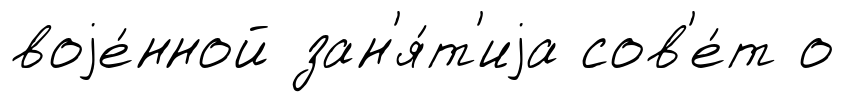
воjе́нной зан'я́т'иjа сов'е́т о